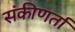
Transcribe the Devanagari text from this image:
संकीणर्ता